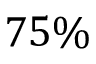
7 5 \%